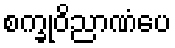
စက္ခုဝိညာဏံပေ